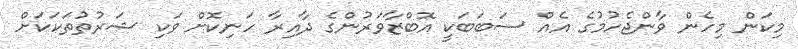
މިކަން މިހެން ވާންޖެހުމުގެ އެއް ސަބަބަކީ އޮބްޒާވަރުންގެ ދާއިރާ ހަނިކޮށް ވަކި ޝަރުތުތަކަކަށް